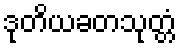
ဒုတိယခတသုတ္တံ